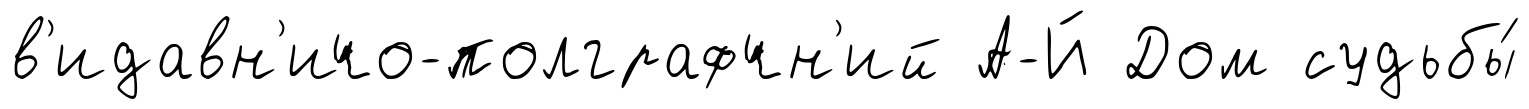
в'идавн'ичо-полграфчн'ий А-Й Дом судьбы́